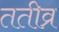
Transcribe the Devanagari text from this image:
ततीव्र